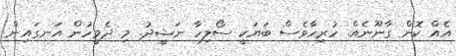
އެއް ކޮން ގާނޫނެއް. ހުރިހާވެސް ބަޔަކީ ސޯލިހާ ނަޝީދު. މި ދެމީހުން އަނގައިން